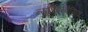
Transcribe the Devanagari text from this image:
न्यूरोइन्वैसिव